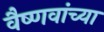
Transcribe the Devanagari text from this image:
वैष्णवांच्या